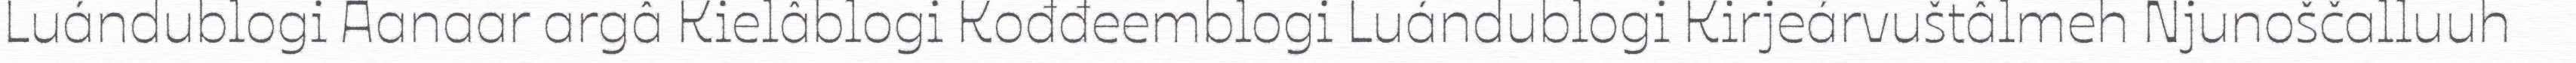
Luándublogi Aanaar argâ Kielâblogi Kođđeemblogi Luándublogi Kirjeárvuštâlmeh Njunoščalluuh